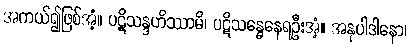
အကယ်၍ဖြစ်အံ့။ ပဋိသန္ဒဟိဿာမိ၊ ပဋိသန္ဓေနေရဦးအံ့။ အနုပါဒါနော၊